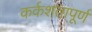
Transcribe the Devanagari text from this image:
कर्कशतापूर्ण